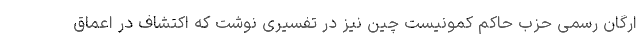
ارگان رسمی حزب حاکم کمونیست چین نیز در تفسیری نوشت که اکتشاف در اعماق